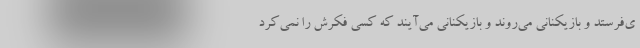
ی‌فرستد و بازیکنانی می‌روند و بازیکنانی می‌آیند که کسی فکرش را نمی‌کرد